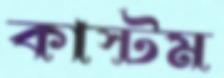
কাস্টম